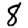
Digit: 8